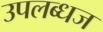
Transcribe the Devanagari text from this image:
उपलब्धज